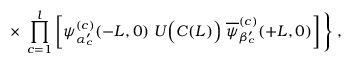
\times \; \prod _ { c = 1 } ^ { l } \left[ \psi _ { \alpha _ { c } ^ { \prime } } ^ { ( c ) } ( - L , 0 ) \; U \Big ( { \cal C } ( L ) \Big ) \; \overline { { { \psi } } } _ { \beta _ { c } ^ { \prime } } ^ { ( c ) } ( + L , 0 ) \right] \Bigg \} \; ,